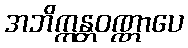
အဘိက္ကန္တဝဏ္ဏာပေ